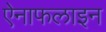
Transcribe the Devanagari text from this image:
ऐनाफलाइन